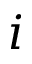
i